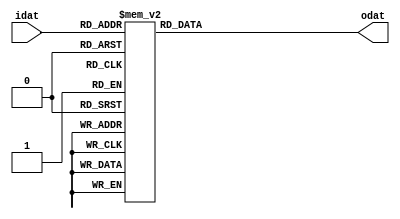
/*-------------------------------------------------------------------
 Project: ANUBIS
 Module Name: Anubis_PBox
 Description:
     P mini Box of the ANUBIS block cipher

 Dependencies:  none

 Language: Verilog 2001
 Author: Saied H. Khayat
 Date:   March 2011
 URL: https://github.com/saiedhk

 Copyright Notice: Free use of this library is permitted under the
 guidelines and in accordance with the MIT License (MIT).
 http://opensource.org/licenses/MIT
-------------------------------------------------------------------*/

`timescale  1ns/1ps

// P mini-box in Anubis cipher
module Anubis_PBox (
   input  [3:0] idat,
   output reg [3:0] odat
   );

   always @*
   begin
      case (idat)
         4'h0: odat = 4'h3;
         4'h1: odat = 4'hf;
         4'h2: odat = 4'he;
         4'h3: odat = 4'h0;
         4'h4: odat = 4'h5;
         4'h5: odat = 4'h4;
         4'h6: odat = 4'hb;
         4'h7: odat = 4'hc;
         4'h8: odat = 4'hd;
         4'h9: odat = 4'ha;
         4'ha: odat = 4'h9;
         4'hb: odat = 4'h6;
         4'hc: odat = 4'h7;
         4'hd: odat = 4'h8;
         4'he: odat = 4'h2;
         4'hf: odat = 4'h1;
      endcase
   end
endmodule